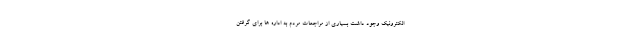
الکترونیک وجود داشت بسیاری از مراجعات مردم به اداره ها برای گرفتن